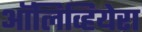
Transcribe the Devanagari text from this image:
ऑलिव्हियेरा